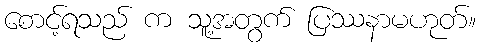
စောင့်ရသည် က သူ့အတွက် ပြဿနာမဟုတ်။